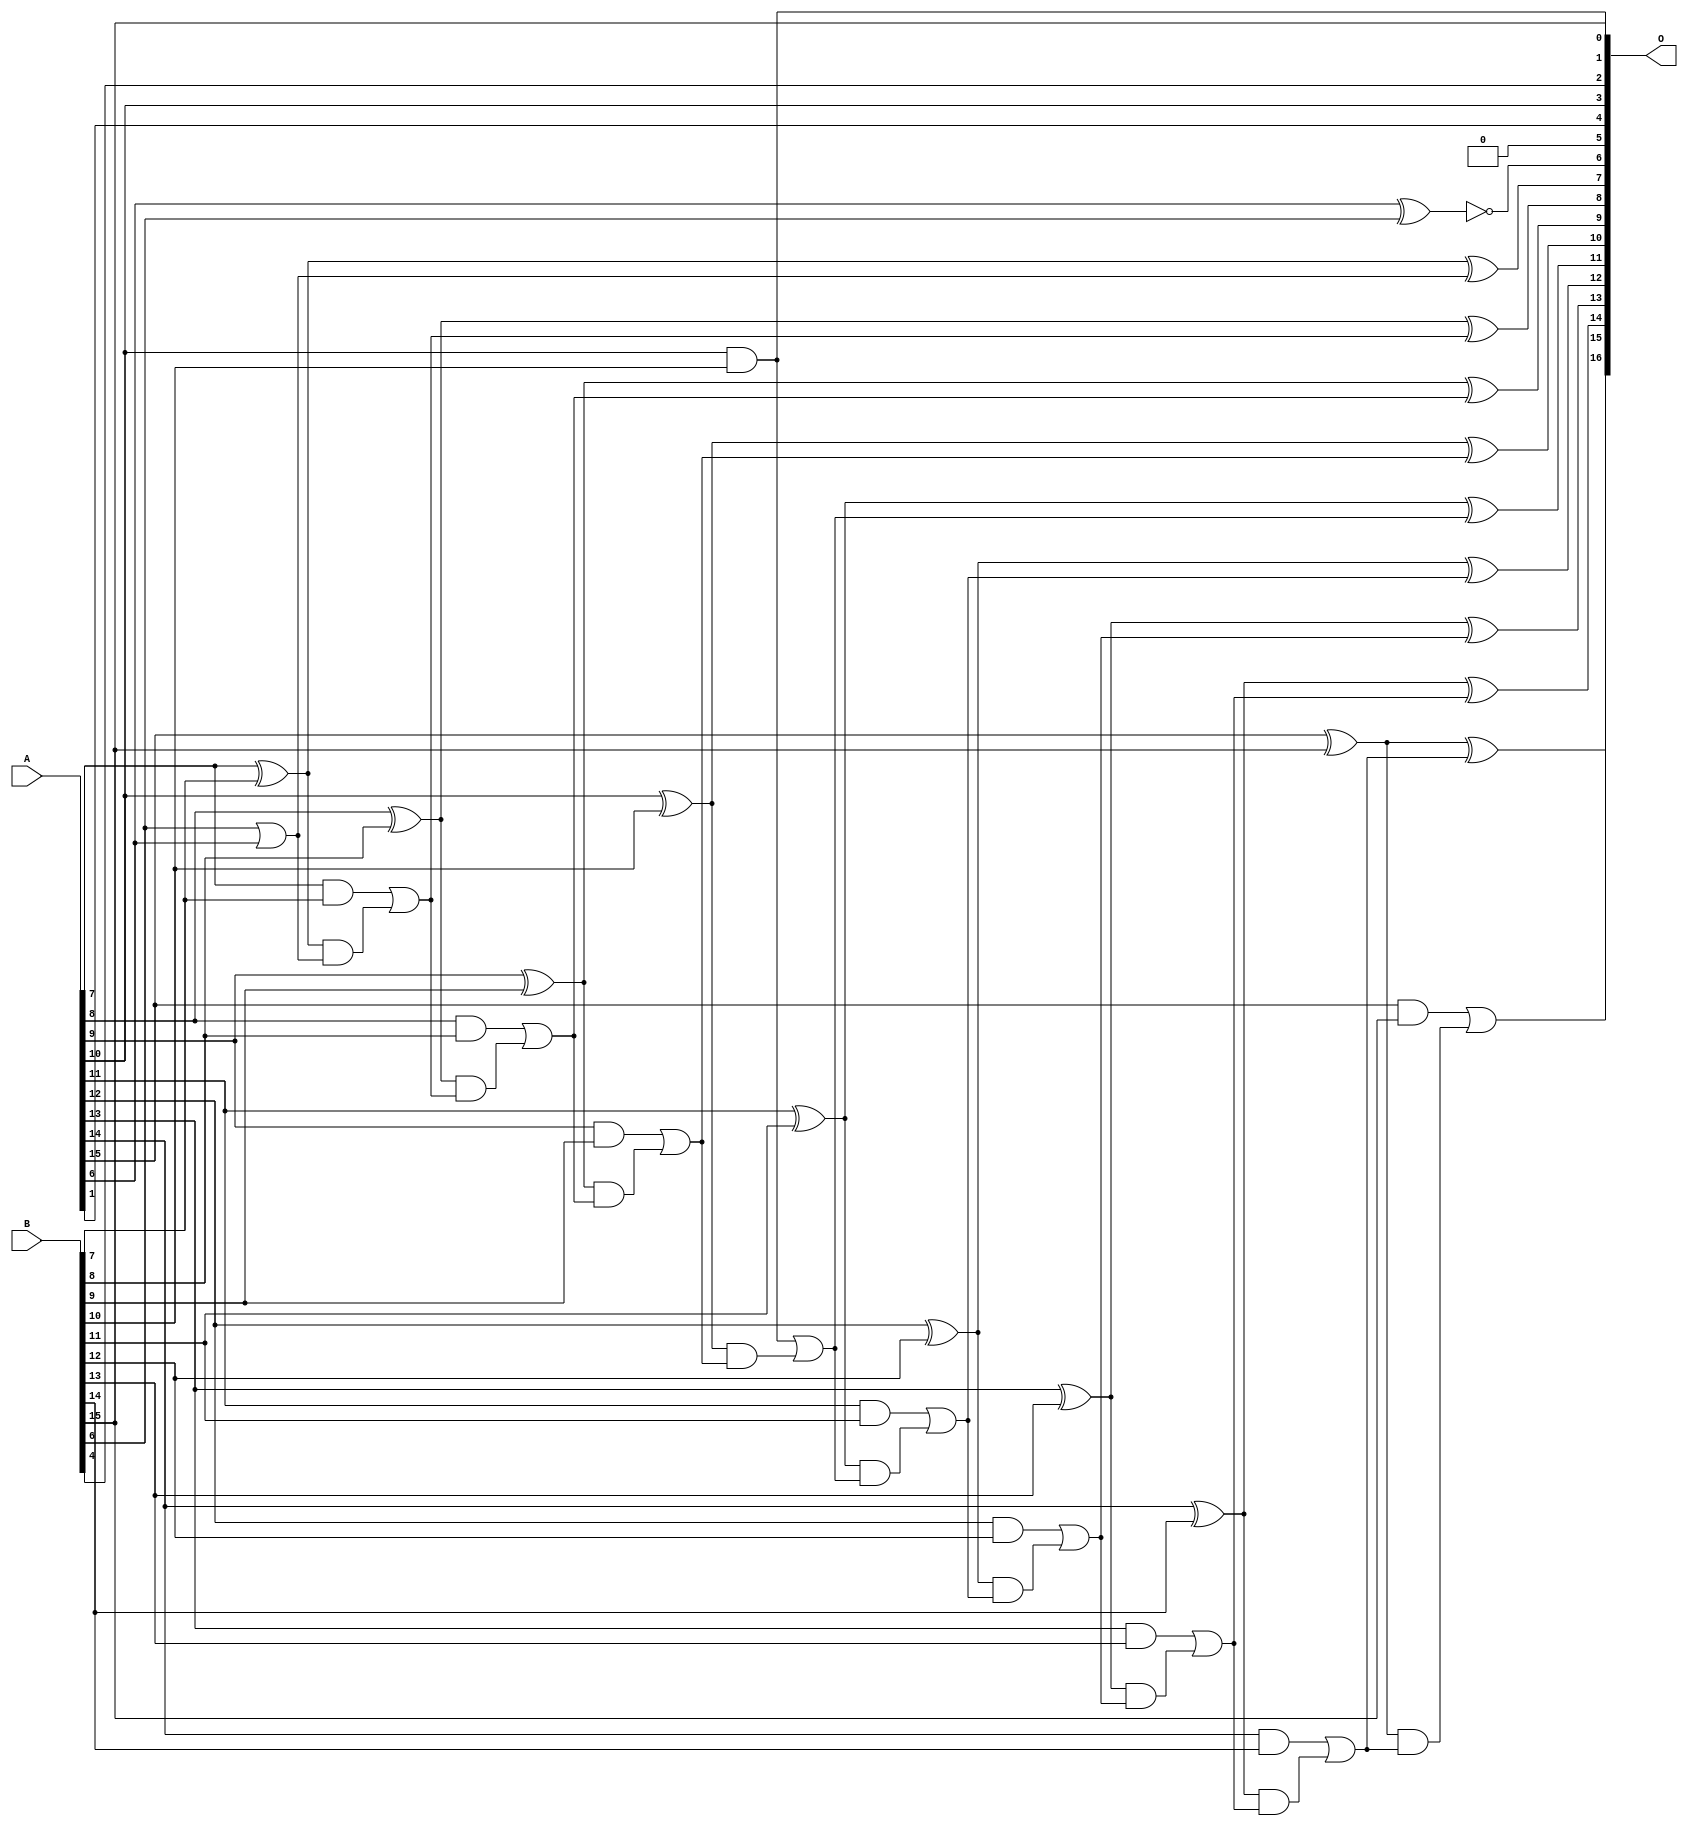
/***
* This code is a part of EvoApproxLib library (ehw.fit.vutbr.cz/approxlib) distributed under The MIT License.
* When used, please cite the following article(s):  
* This file contains a circuit from a sub-set of pareto optimal circuits with respect to the pwr and mse parameters
***/
// MAE% = 0.019 %
// MAE = 26 
// WCE% = 0.068 %
// WCE = 89 
// WCRE% = 6300.00 %
// EP% = 98.83 %
// MRE% = 0.054 %
// MSE = 980 
// PDK45_PWR = 0.043 mW
// PDK45_AREA = 90.6 um2
// PDK45_DELAY = 0.80 ns


module add16u_0QC(A, B, O);
  input [15:0] A, B;
  output [16:0] O;
  wire sig_59, sig_63, sig_64, sig_65, sig_66, sig_68;
  wire sig_69, sig_70, sig_71, sig_73, sig_74, sig_75;
  wire sig_76, sig_78, sig_79, sig_81, sig_83, sig_84;
  wire sig_85, sig_86, sig_88, sig_89, sig_90, sig_91;
  wire sig_93, sig_94, sig_95, sig_96, sig_98, sig_99;
  wire sig_100, sig_101, sig_103, sig_104, sig_105, sig_106;
  assign O[5] = 1'b0;
  assign O[2] = B[4];
  assign sig_59 = A[6] ^ B[6];
  assign O[6] = !sig_59;
  assign sig_63 = B[6] | A[6];
  assign sig_64 = A[7] ^ B[7];
  assign sig_65 = A[7] & B[7];
  assign sig_66 = sig_64 & sig_63;
  assign O[7] = sig_64 ^ sig_63;
  assign sig_68 = sig_65 | sig_66;
  assign sig_69 = A[8] ^ B[8];
  assign sig_70 = A[8] & B[8];
  assign sig_71 = sig_69 & sig_68;
  assign O[8] = sig_69 ^ sig_68;
  assign sig_73 = sig_70 | sig_71;
  assign sig_74 = A[9] ^ B[9];
  assign sig_75 = A[9] & B[9];
  assign sig_76 = sig_74 & sig_73;
  assign O[9] = sig_74 ^ sig_73;
  assign sig_78 = sig_75 | sig_76;
  assign sig_79 = A[10] ^ B[10];
  assign O[1] = A[10] & B[10];
  assign sig_81 = sig_79 & sig_78;
  assign O[10] = sig_79 ^ sig_78;
  assign sig_83 = O[1] | sig_81;
  assign sig_84 = A[11] ^ B[11];
  assign sig_85 = A[11] & B[11];
  assign sig_86 = sig_84 & sig_83;
  assign O[11] = sig_84 ^ sig_83;
  assign sig_88 = sig_85 | sig_86;
  assign sig_89 = A[12] ^ B[12];
  assign sig_90 = A[12] & B[12];
  assign sig_91 = sig_89 & sig_88;
  assign O[12] = sig_89 ^ sig_88;
  assign sig_93 = sig_90 | sig_91;
  assign sig_94 = A[13] ^ B[13];
  assign sig_95 = A[13] & B[13];
  assign sig_96 = sig_94 & sig_93;
  assign O[13] = sig_94 ^ sig_93;
  assign sig_98 = sig_95 | sig_96;
  assign sig_99 = A[14] ^ B[14];
  assign sig_100 = A[14] & B[14];
  assign sig_101 = sig_99 & sig_98;
  assign O[14] = sig_99 ^ sig_98;
  assign sig_103 = sig_100 | sig_101;
  assign sig_104 = A[15] ^ B[15];
  assign sig_105 = A[15] & B[15];
  assign sig_106 = sig_104 & sig_103;
  assign O[15] = sig_104 ^ sig_103;
  assign O[16] = sig_105 | sig_106;
  assign O[0] = B[15];
  assign O[3] = A[10];
  assign O[4] = A[1];
endmodule